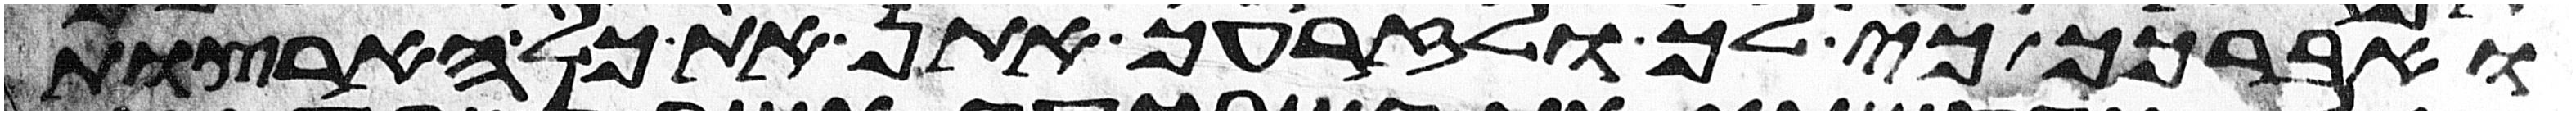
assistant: ואברכך כי לך ולזרעך אתן את כל הארצות